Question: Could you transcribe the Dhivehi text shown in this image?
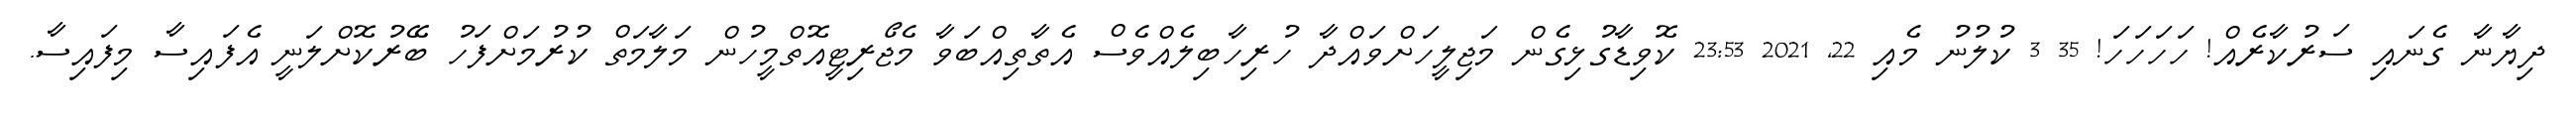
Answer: ދިޔާނާ ގެނައި ސަރުކާރެއް! ހަހަހަހަ! 35 3 ކުލުނު މެއި 22, 2021 23:53 ކޮވިޑާގުޅިގެން މަޖިލީހަށްވައްދާ ހުރިހާބިލެއްވެސް އެތާތިއްބަވާ މެޖޯރިޓީއޮތްމީހުން މަލާމަތް ކުރުމަށްފަހު ބޭރުކޮށްލަނީ އެފައިސާ މިފައިސާ.